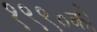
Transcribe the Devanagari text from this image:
१९९०को